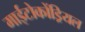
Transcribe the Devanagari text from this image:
माईटोकोंड्रियल